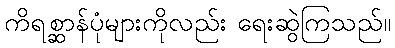
ကိရစ္ဆာန်ပုံများကိုလည်း ရေးဆွဲကြသည်။